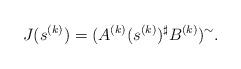
LaTeX: \begin{align*}J(s^{(k)}) = (A^{(k)} (s^{(k)})^\sharp B^{(k)})^\sim.\end{align*}